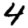
Digit: 4